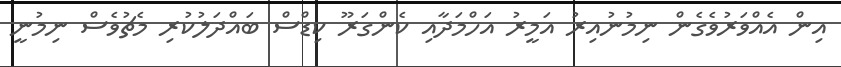
އިން އެއްވަރުވެގެން ނިމުނުއިރު އަމީރު އަހްމަދާއި ކެންގަރޫ ކިޑްސް ބައްދަލުކުރި މެޗުވެސް ނިމުނީ